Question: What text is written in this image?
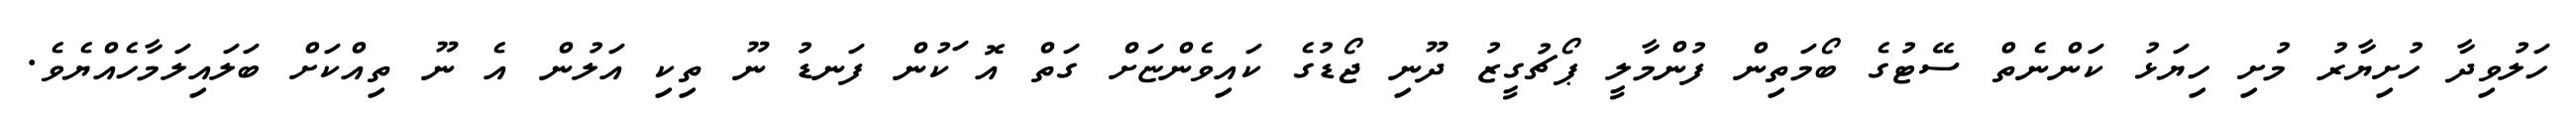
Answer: ހަލުވިދާ ހުށިޔާރު މުށި ހިޔަޅު ކަންނެތް ސޭޓުގެ ބޯމަތިން ފުންމާލީ ޕޯޗުގީޒު ދޫނި ޖޯޑުގެ ކައިވެންޏަށް ގަތް އޮޱަކުން ފަނޑު ނޫ ތިކި އަލުން އެ ނޫ ތިއްކަށް ބަލައިލަމާހެއްޔެވެ.